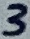
Text: 3